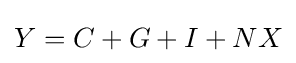
Y=C+G+I+NX